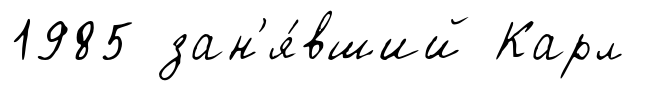
1985 зан'я́вший Карл